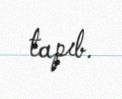
tapıb.